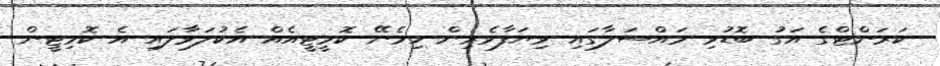
ކަރަންޓްގެ އަގު ބޮޑުވި މައްސަލާގައި ވިޔަފާވެރިން ހިމެނޭ ކޮމީޓީއެއް އެކުލަވާލައި އެ ކޮމިޓީން